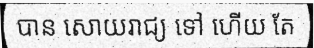
បាន សោយរាជ្យ ទៅ ហើយ តែ